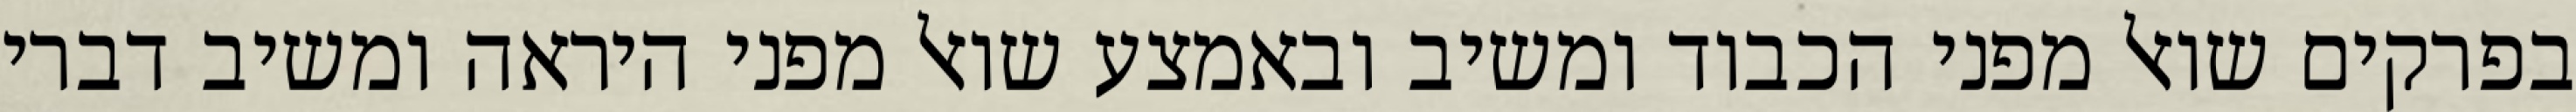
בפרקים שואל מפני הכבוד ומשיב ובאמצע שואל מפני היראה ומשיב דברי